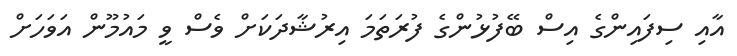
އާއި ސިފައިންގެ އިސް ބޭފުޅުންގެ ފުރަތަމަ އިރުޝާދަކަށް ވެސް ވީ މައުމޫން އަވަހަށް